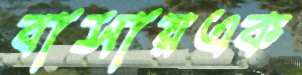
বাসায়এক